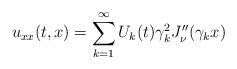
LaTeX: \begin{align*}u_{xx}(t,x)=\sum\limits_{k=1}^\infty U_k(t)\gamma_k^2 J_\nu''(\gamma_kx)\end{align*}